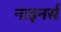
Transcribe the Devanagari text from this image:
नाइनर्स